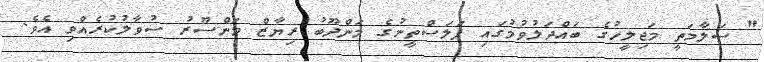
" ސަލާމަތީ މަޖިލީހުގެ ބައްދަލުވުމުގައި ފަލަސްތީނުގެ މަންދޫބު ރިޔާޒް މަންސޫރު ސުވާލުކުރެއްވި އެވެ.